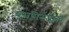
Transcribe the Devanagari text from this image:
कारसिनोजेनिक